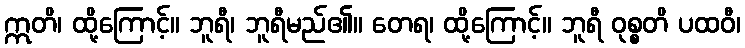
ဣတိ၊ ထို့ကြောင့်။ ဘူရီ၊ ဘူရီမည်၏။ တေရ၊ ထို့ကြောင့်။ ဘူရီ ဝုစ္စတိ ပထဝီ၊